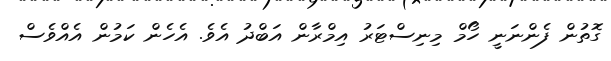
ގޮތުން ފެންނަނީ ހޯމް މިނިސްޓަރު އިމްރާން އަބްދު އެވެ. އެހެން ކަމުން އެއްވެސް